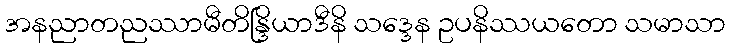
အနညာတညဿာမီတိန္ဒြိယာဒီနိ သဒ္ဒေန ဥပနိဿယတော သမာသာ